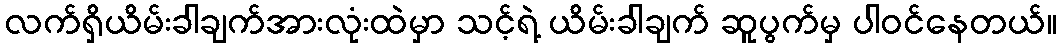
လက်ရှိယိမ်းခါချက်အားလုံးထဲမှာ သင့်ရဲ့ ယိမ်းခါချက် ဆူပွက်မှ ပါဝင်နေတယ်။